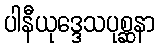
ပါနီယုဒ္ဒေသပုစ္ဆနာ